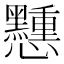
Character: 𢥽